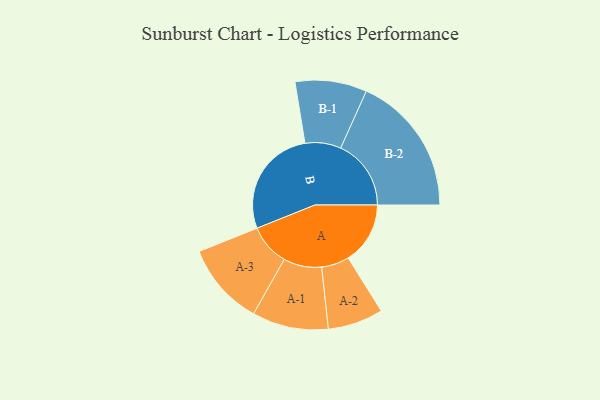
{"axis": {"x": "Segment", "y": "Value"}, "legend": ["", "A", "B"], "data": [{"x": "A", "y": 244, "type": ""}, {"x": "B", "y": 432, "type": ""}, {"x": "A-1", "y": 150, "type": "A"}, {"x": "A-2", "y": 109, "type": "A"}, {"x": "A-3", "y": 163, "type": "A"}, {"x": "B-1", "y": 141, "type": "B"}, {"x": "B-2", "y": 277, "type": "B"}]}